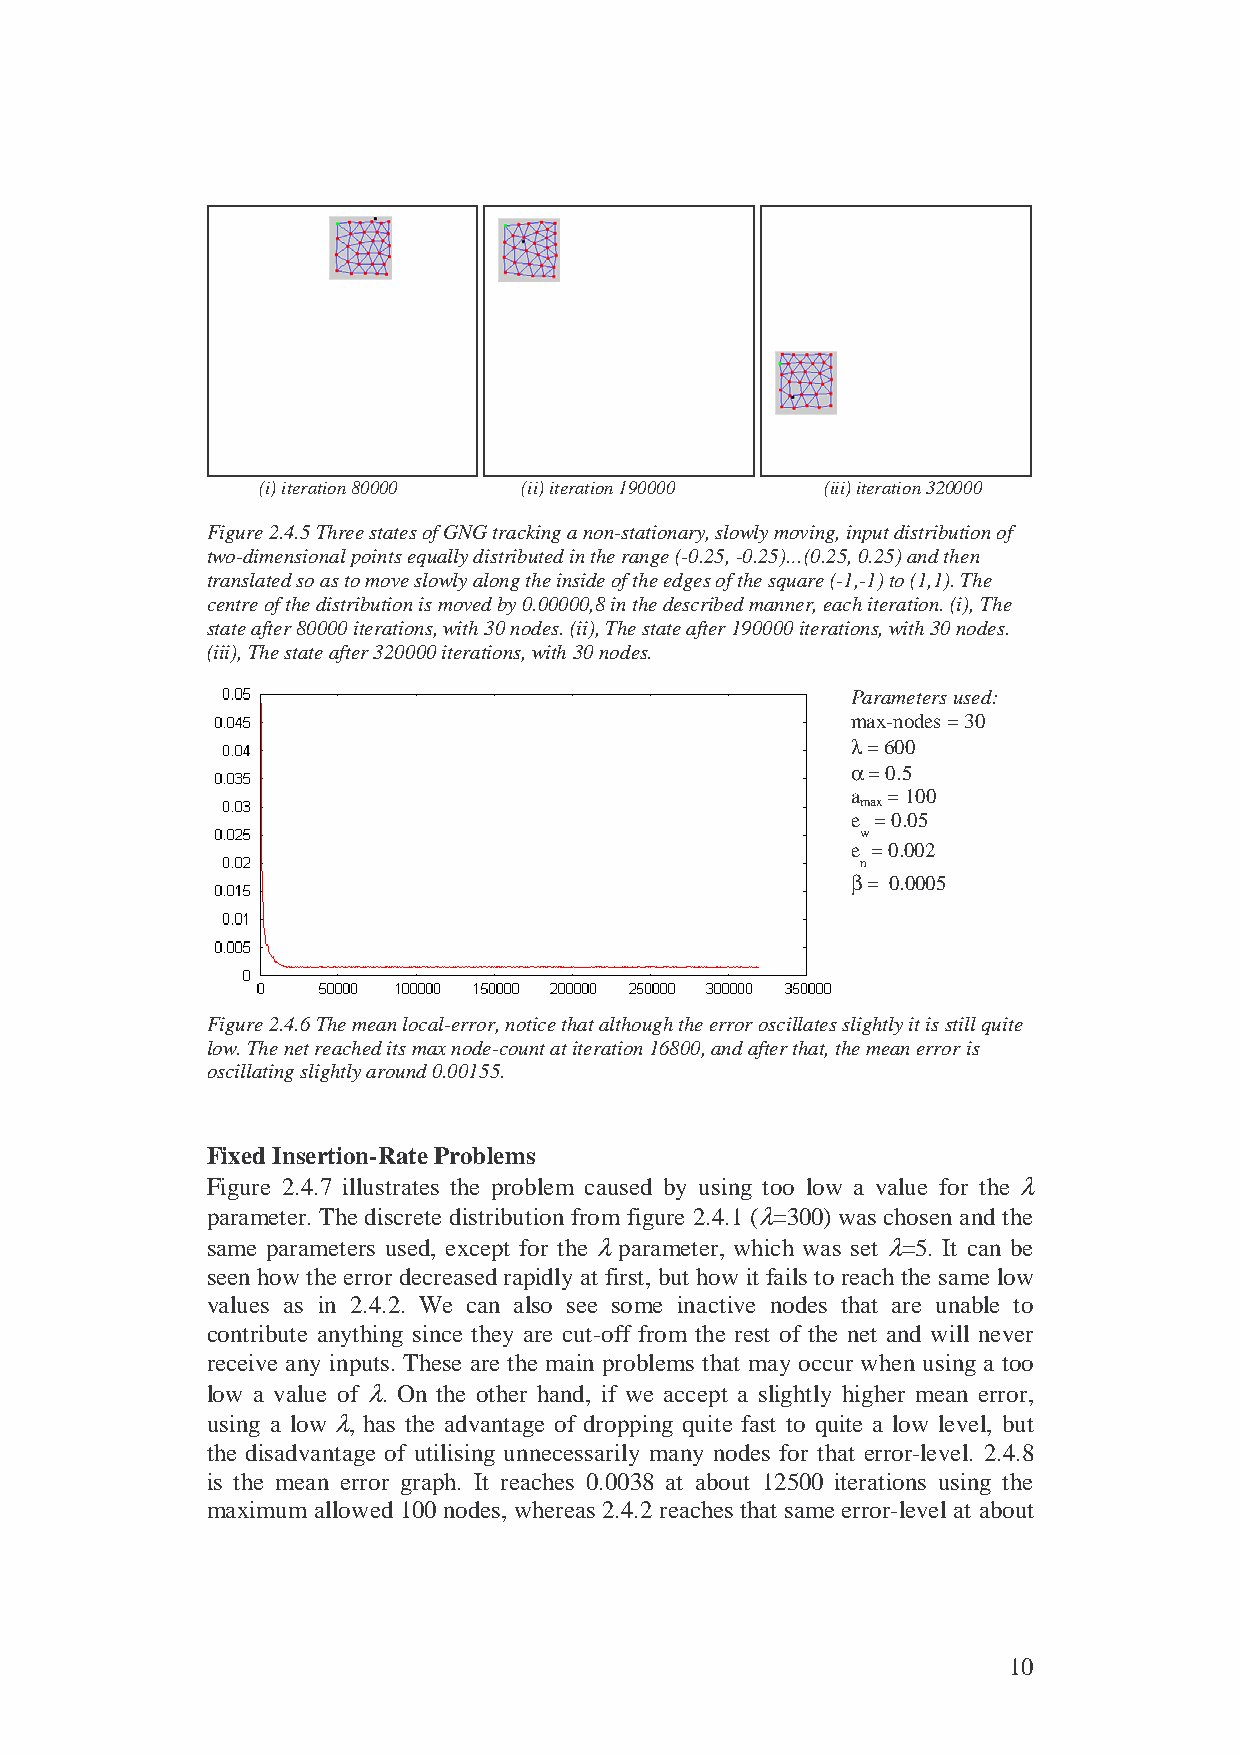
(i) iteration 80000 (ii) iteration 190000 (iii) iteration 320000
 Figure 2.4.5 Three states of GNG tracking a non-stationary, slowly moving, input distribution of
 two-dimensional points equally distributed in the range (-0.25, -0.25)…(0.25, 0.25) and then
 translated so as to move slowly along the inside of the edges of the square (-1,-1) to (1,1). The
 centre of the distribution is moved by 0.00000,8 in the described manner, each iteration. (i), The
 state after 80000 iterations, with 30 nodes. (ii), The state after 190000 iterations, with 30 nodes.
 (iii), The state after 320000 iterations, with 30 nodes.
 Parameters used:
 max-nodes = 30
 λ = 600
 α = 0.5
 a  = 100
 max
 e = 0.05
 w
 e = 0.002
 n
 β = 0.0005
 Figure 2.4.6 The mean local-error, notice that although the error oscillates slightly it is still quite
 low. The net reached its max node-count at iteration 16800, and after that, the mean error is
 oscillating slightly around 0.00155.
 Fixed Insertion-Rate Problems
 Figure 2.4.7 illustrates the problem caused by using too low a value for the λ
 parameter. The discrete distribution from figure 2.4.1 (λ=300) was chosen and the
 same parameters used, except for the λ parameter, which was set λ=5. It can be
 seen how the error decreased rapidly at first, but how it fails to reach the same low
 values as in 2.4.2. We can also see some inactive nodes that are unable to
 contribute anything since they are cut-off from the rest of the net and will never
 receive any inputs. These are the main problems that may occur when using a too
 low a value of λ. On the other hand, if we accept a slightly higher mean error,
 using a low λ, has the advantage of dropping quite fast to quite a low level, but
 the disadvantage of utilising unnecessarily many nodes for that error-level. 2.4.8
 is the mean error graph. It reaches 0.0038 at about 12500 iterations using the
 maximum allowed 100 nodes, whereas 2.4.2 reaches that same error-level at about
 10